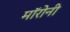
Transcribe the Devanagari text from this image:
मॉरोनी